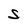
Character: S